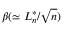
\beta ( \simeq L _ { n } ^ { * } / { \sqrt { n } } )